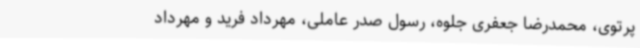
پرتوی،‌ محمدرضا جعفری جلوه، رسول صدر عاملی، مهرداد فرید و مهرداد